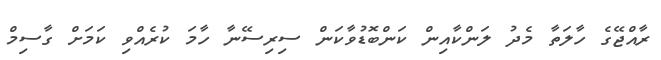
ރާއްޖޭގެ ހާލަތާ މެދު ލަންކާއިން ކަންބޮޑުވާކަން ސިރިސޭނާ ހާމަ ކުރެއްވި ކަމަށް ގާސިމް